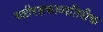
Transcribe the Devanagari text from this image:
यष्टीरक्षकाव्यतिरीक्त